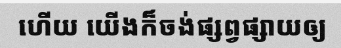
ហើយ យើងក៏ចង់ផ្សព្វផ្សាយឲ្យ